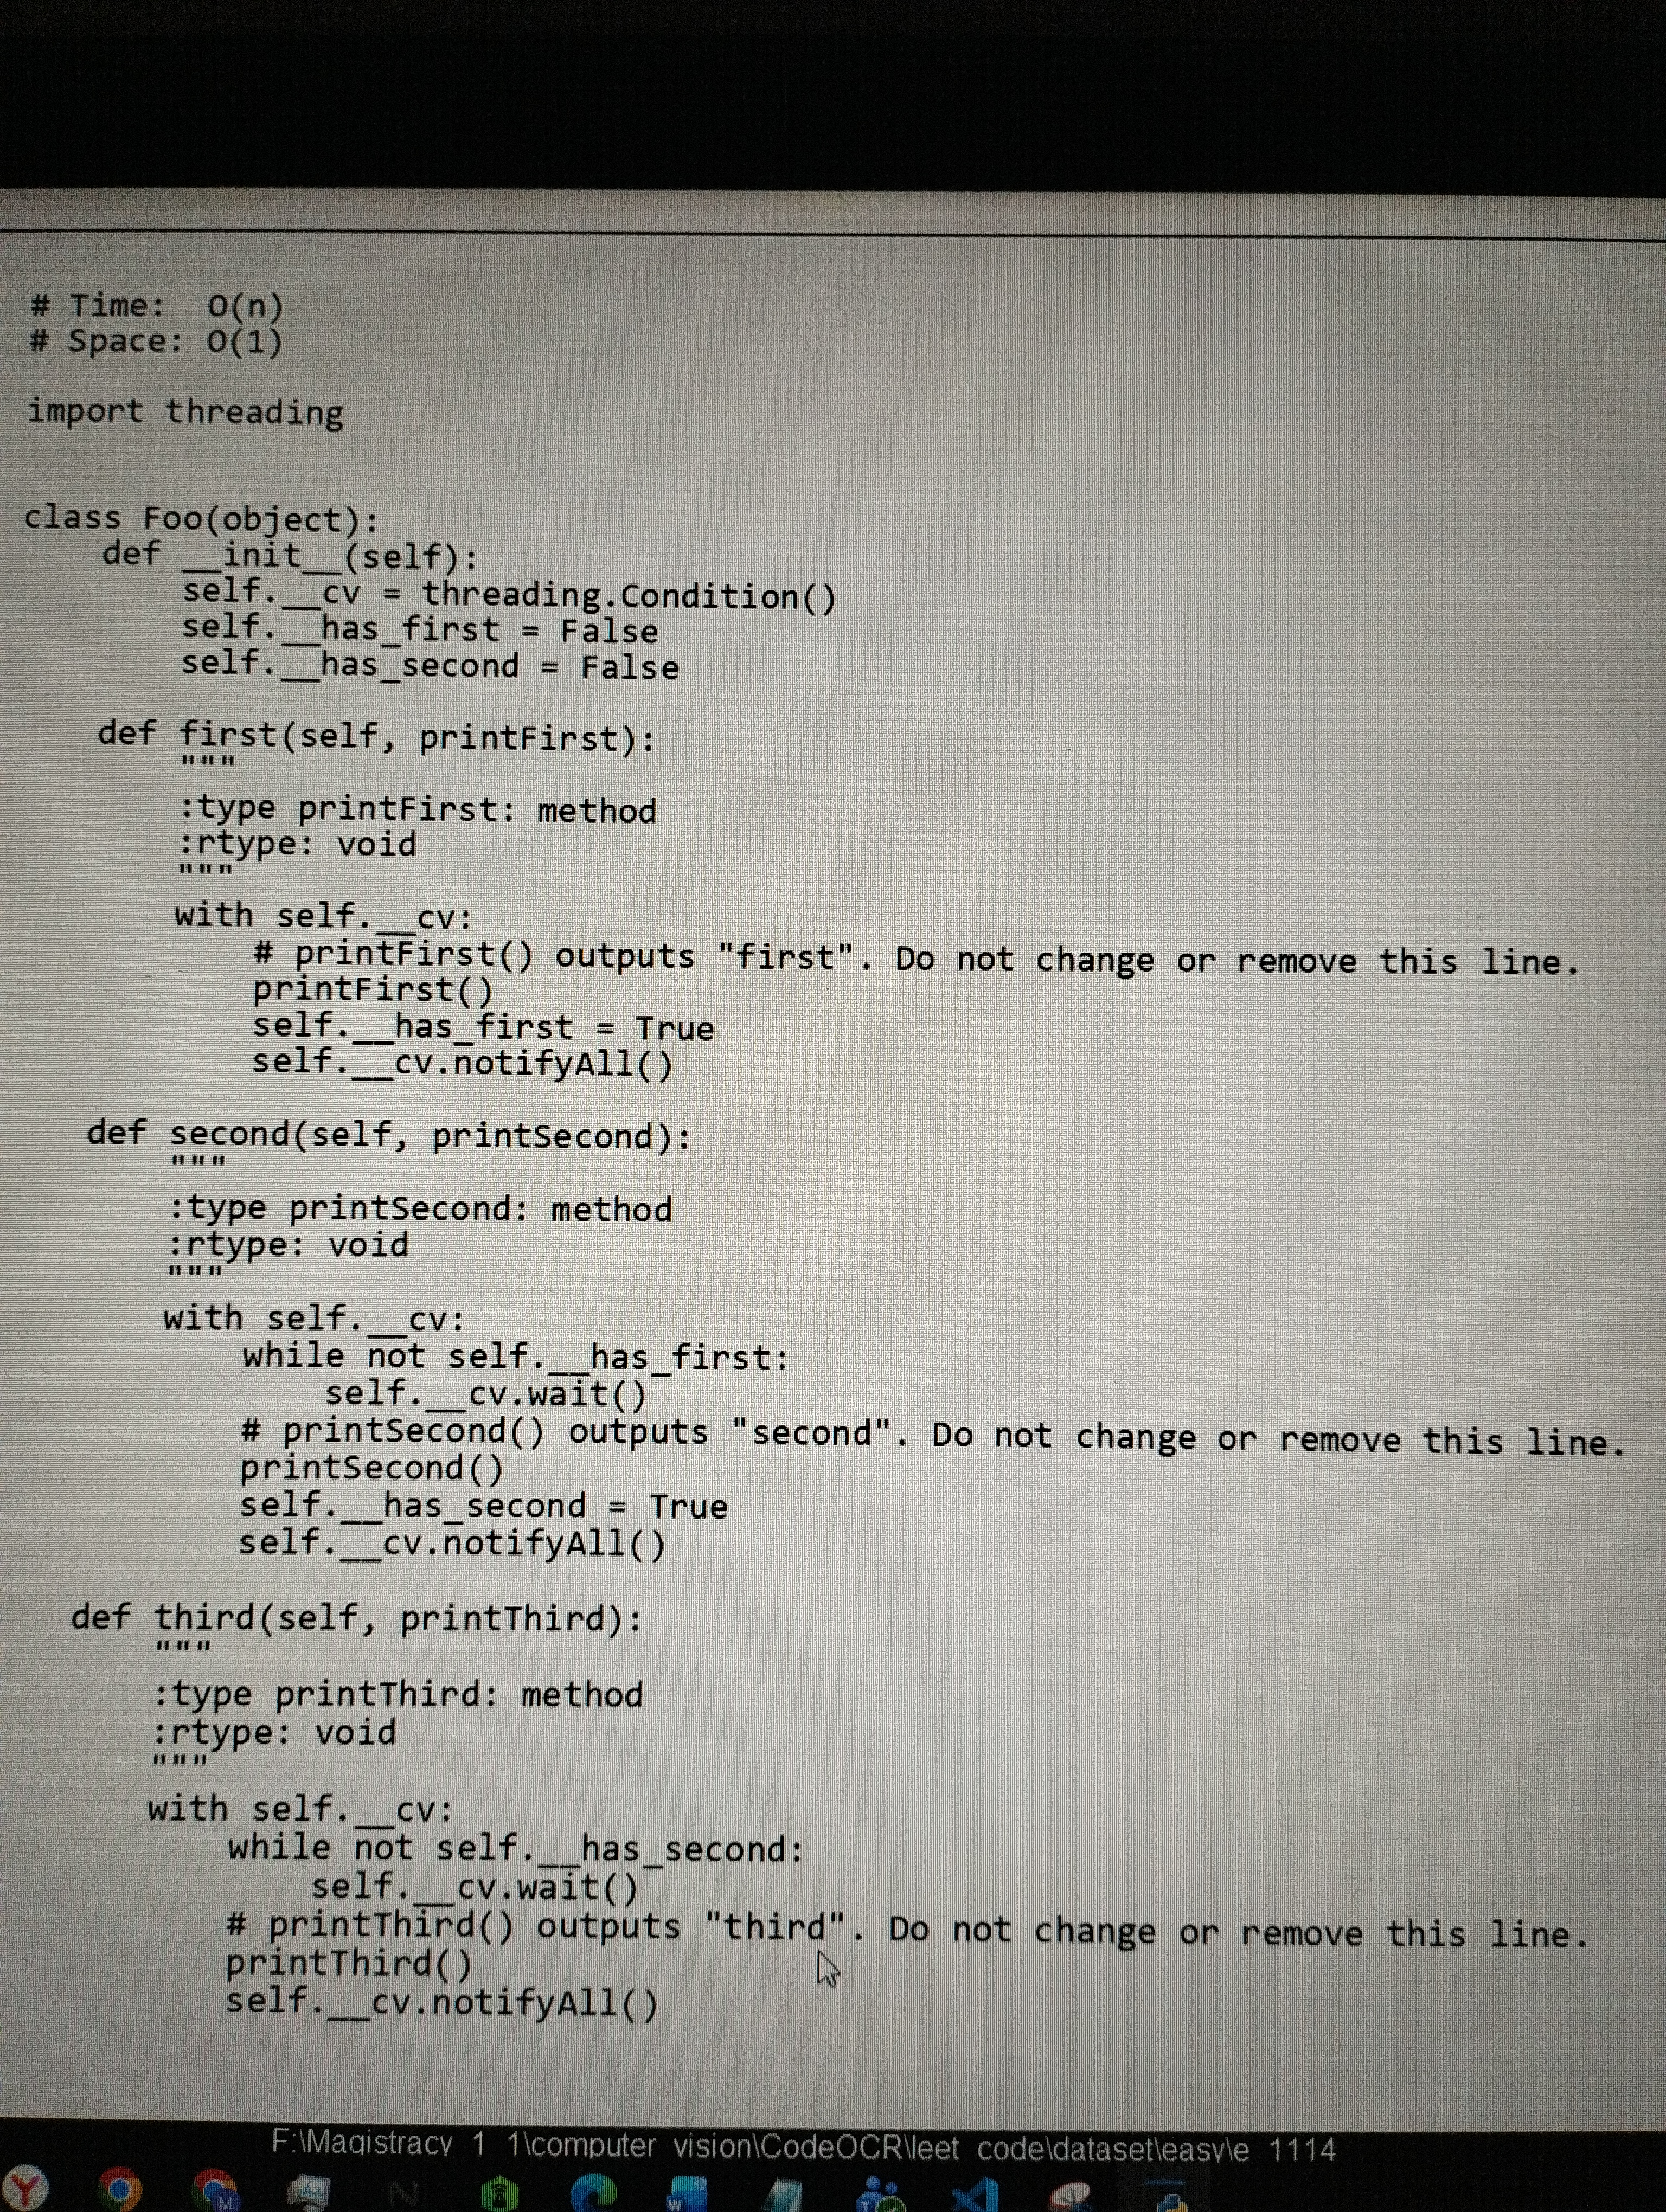
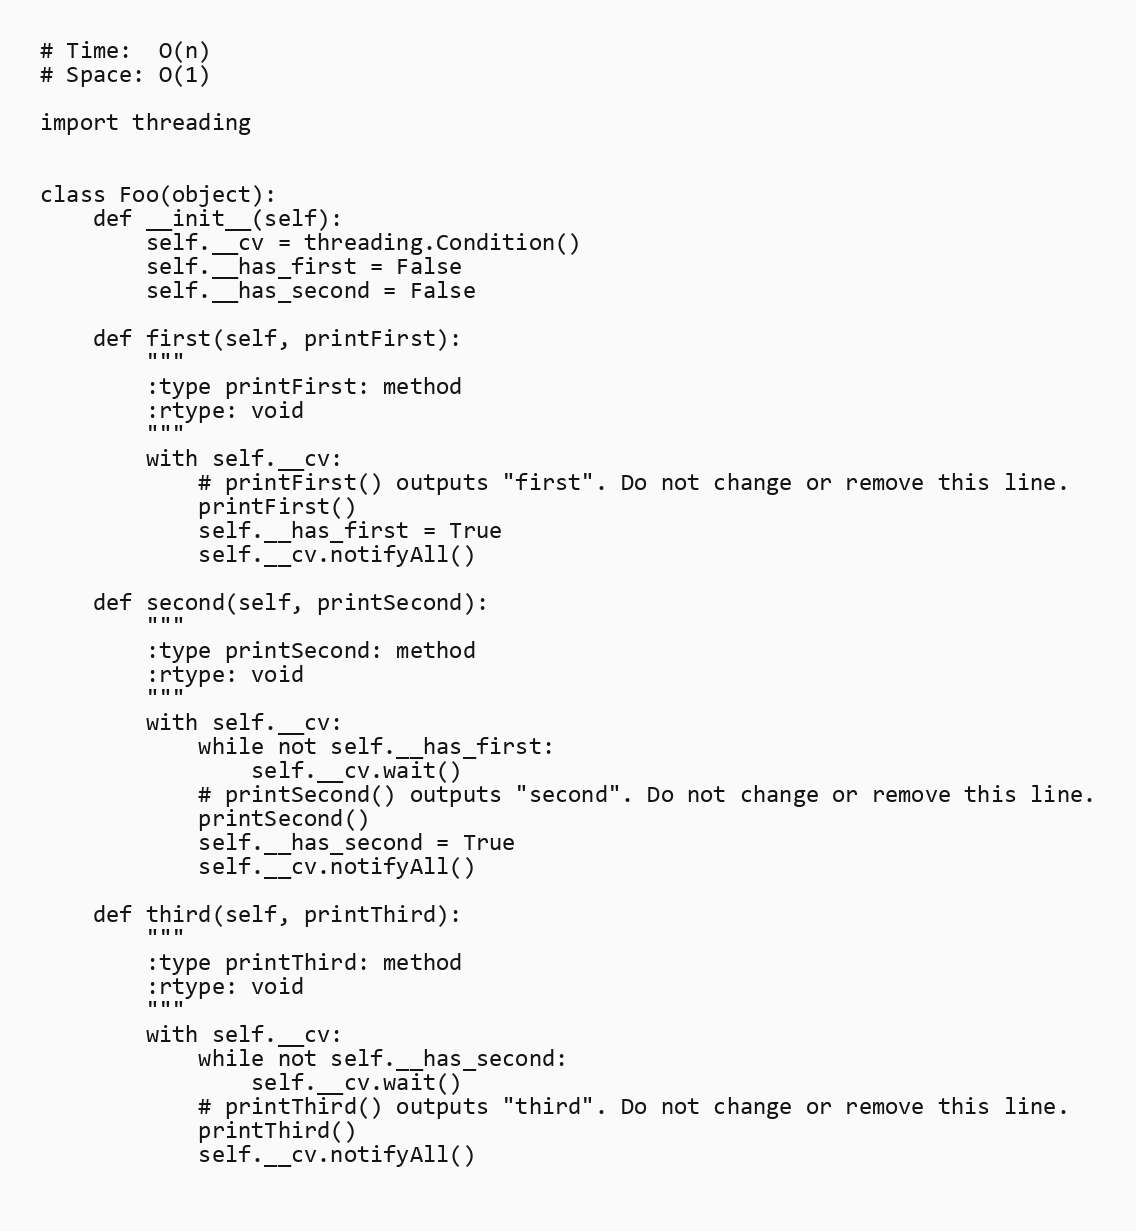
# Time:  O(n)
# Space: O(1)

import threading

class Foo(object):
    def __init__(self):
        self.__cv = threading.Condition()
        self.__has_first = False
        self.__has_second = False

    def first(self, printFirst):
        """
        :type printFirst: method
        :rtype: void
        """
        with self.__cv:
            # printFirst() outputs "first". Do not change or remove this line.
            printFirst()
            self.__has_first = True
            self.__cv.notifyAll()

    def second(self, printSecond):
        """
        :type printSecond: method
        :rtype: void
        """
        with self.__cv:
            while not self.__has_first:
                self.__cv.wait()
            # printSecond() outputs "second". Do not change or remove this line.
            printSecond()
            self.__has_second = True
            self.__cv.notifyAll()

    def third(self, printThird):
        """
        :type printThird: method
        :rtype: void
        """
        with self.__cv:
            while not self.__has_second:
                self.__cv.wait()
            # printThird() outputs "third". Do not change or remove this line.
            printThird()
            self.__cv.notifyAll()